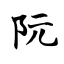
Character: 阮